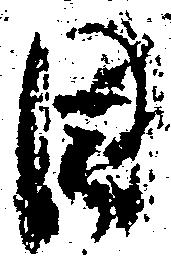
目